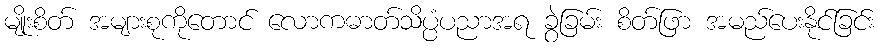
မျိုးစိတ် အများစုကိုတောင် လောကဓာတ်သိပ္ပံပညာအရ ခွဲခြမ်း စိတ်ဖြာ အမည်ပေးနိုင်ခြင်း